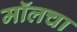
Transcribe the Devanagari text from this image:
मॉलचा